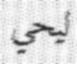
ليحي